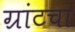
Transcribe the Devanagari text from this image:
ग्रांटचा